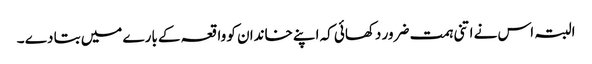
البتہ اس نے اتنی ہمت ضرور دکھائی کہ اپنے خاندان کو واقعہ کے بارے میں بتا دے ۔